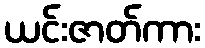
ယင်းဇာတ်ကား